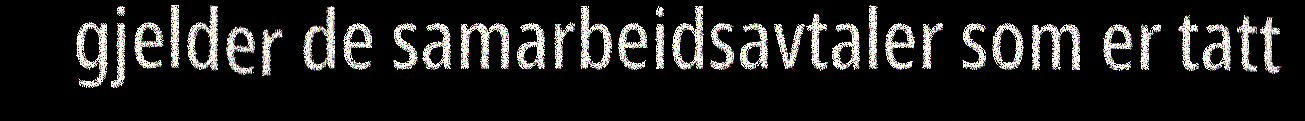
gjelder de samarbeidsavtaler som er tatt